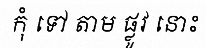
កុំ ទៅ តាម ផ្លូវ នោះ